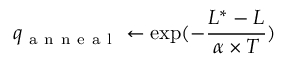
q _ { \mathrm { ~ a ~ n ~ n ~ e ~ a ~ l ~ } } \gets \exp ( - \frac { L ^ { \ast } - L } { \alpha \times T } )